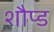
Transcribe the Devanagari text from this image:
शौप्ड